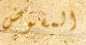
المفوض